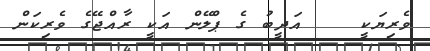
ވެރިޔަކީ    އަދީބު ގެ ޕްލޭން އަކީ ރާއްޖޭގެ ވެރިކަން